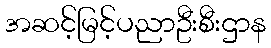
အဆင့်မြင့်ပညာဦးစီးဌာန